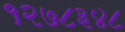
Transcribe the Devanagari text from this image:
१२७८३४८